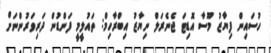
ހުސައިން ފިޔާޒު މޫސާ އޮޑިޓަ ޖެނެރަލް ނިޔާޒު އިބްރާހިމް: ތައުލީމީ ފަންޑުން ދަރިވަރުންނަށް